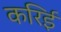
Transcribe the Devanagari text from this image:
करिई